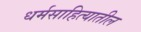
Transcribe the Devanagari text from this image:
धर्मसाहित्यातील